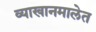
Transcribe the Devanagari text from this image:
व्याखानमालेत